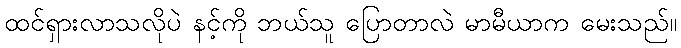
ထင်ရှားလာသလိုပဲ နင့်ကို ဘယ်သူ ပြောတာလဲ မာမီယာက မေးသည်။